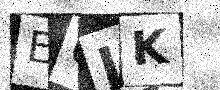
Text: E0JK